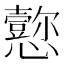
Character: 𪭁